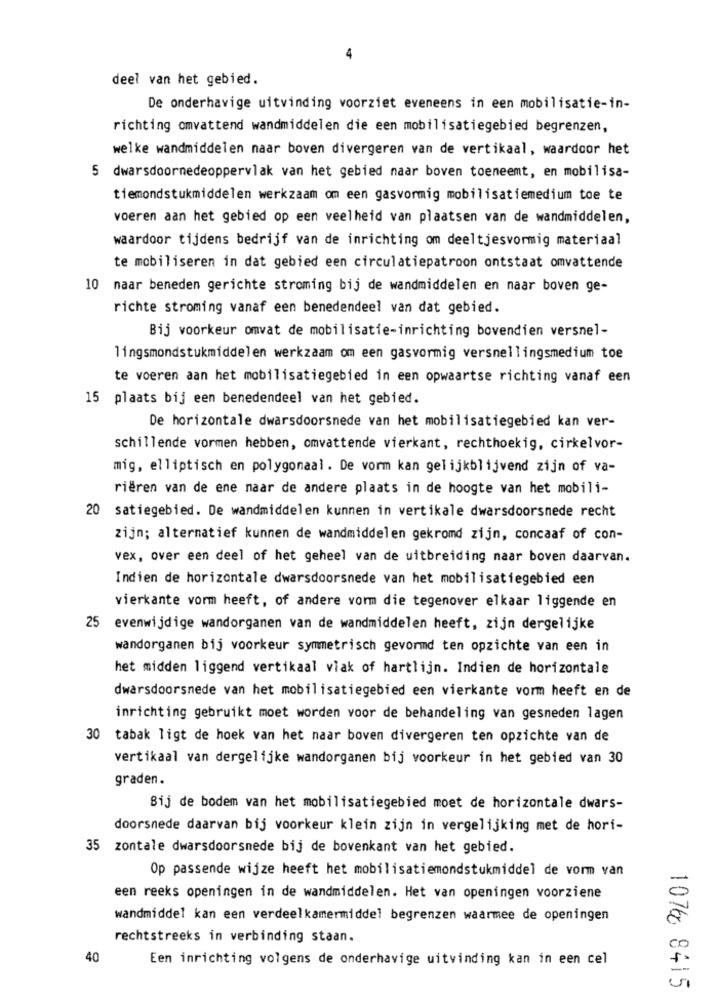
4
deel van het gebied.
De onderhavige uitvinding voorziet eveneens in een mobilisatie-in-
richting omvattend wandmiddelen die een mobilisatiegebied begrenzen,
welke wandmiddelen naar boven divergeren van de vertikaal, waardoor het
5 dwarsdoornedeoppervlak van het gebied naar boven toeneemt, en mobilisa-
tiemondstukmiddelen werkzaam om een gasvormig mobilisatiemedium toe te
voeren aan het gebied op een veelheid van plaatsen van de wandmiddelen,
waardoor tijdens bedrijf van de inrichting om deeltjesvormig materiaal
te mobiliseren in dat gebied een circulatiepatroon ontstaat omvattende
10 naar beneden gerichte stroming bij de wandmiddelen en naar boven ge-
richte stroming vanaf een benedendeel van dat gebied.
Bij voorkeur omvat de mobilisatie-inrichting bovendien versnel-
lingsmondstukmiddelen werkzaam om een gasvormig versnellingsmedium toe
te voeren aan het mobilisatiegebied in een opwaartse richting vanaf een
15 plaats bij een benedendeel van het gebied.
De horizontale dwarsdoorsnede van het mobilisatiegebied kan ver-
schillende vormen hebben, omvattende vierkant, rechthoekig, cirkelvor-
mig, elliptisch en polygonaal. De vorm kan gelijkblijvend zijn of va-
riëren van de ene naar de andere plaats in de hoogte van het mobili-
20 satiegebied. De wandmiddelen kunnen in vertikale dwarsdoorsnede recht
zijn; alternatief kunnen de wandmiddelen gekromd zijn, concaaf of con-
vex, over een deel of het geheel van de uitbreiding naar boven daarvan.
Indien de horizontale dwarsdoorsnede van het mobilisatiegebied een
vierkante vorm heeft, of andere vorm die tegenover elkaar liggende en
25 evenwijdige wandorganen van de wandmiddelen heeft, zijn dergelijke
wandorganen bij voorkeur symmetrisch gevormd ten opzichte van een in
het midden liggend vertikaal vlak of hartlijn. Indien de horizontale
dwarsdoorsnede van het mobilisatiegebied een vierkante vorm heeft en de
inrichting gebruikt moet worden voor de behandeling van gesneden lagen
30 tabak ligt de hoek van het naar boven divergeren ten opzichte van de
vertikaal van dergelijke wandorganen bij voorkeur in het gebied van 30
graden.
Bij de bodem van het mobilisatiegebied moet de horizontale dwars-
doorsnede daarvan bij voorkeur klein zijn in vergelijking met de hori-
35 zontale dwarsdoorsnede bij de bovenkant van het gebied.
Op passende wijze heeft het mobilisatiemondstukmiddel de vorm van
een reeks openingen in de wandmiddelen. Het van openingen voorziene
0
wandmiddel kan een verdeelkamermiddel begrenzen waarmee de openingen
rechtstreeks in verbinding staan.
Cc
40
Een inrichting volgens de onderhavige uitvinding kan in een cel
1076 8415